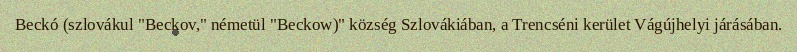
Beckó (szlovákul "Beckov," németül "Beckow)" község Szlovákiában, a Trencséni kerület Vágújhelyi járásában.